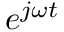
e ^ { j \omega t }